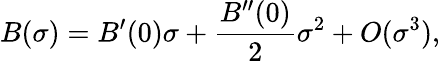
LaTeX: B(\sigma)=B^{\prime}(0)\sigma+\frac{B^{\prime\prime}(0)}{2}\sigma^{2}+O(\sigma^{3}),